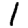
Digit: 1